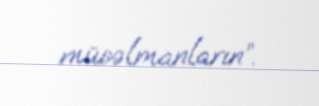
müsəlmanların”.